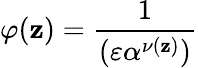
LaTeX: \varphi(\mathbf{z})={\frac{{1}}{{(\varepsilon\alpha^{\nu(\mathbf{z})})}}}